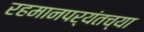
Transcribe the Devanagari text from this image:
रहमानपर्यंतच्या